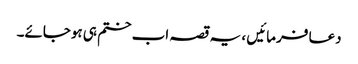
دعا فرمائیں ، یہ قصہ اب ختم ہی ہوجائے۔